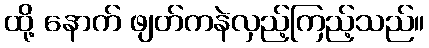
ထို့ နောက် ဖျတ်ကနဲလှည့်ကြည့်သည်။